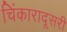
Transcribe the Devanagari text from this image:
चिंकारादूसरी